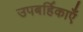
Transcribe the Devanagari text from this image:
उपबर्हिकाएँ